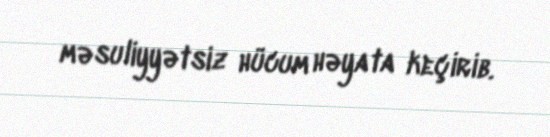
məsuliyyətsiz hücum həyata keçirib.